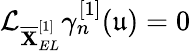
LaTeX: \mathcal{L}_{\overline{{\mathbf{X}}}_{EL}^{[1]}}\gamma_{n}^{[1]}(\mathfrak{u})=0